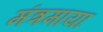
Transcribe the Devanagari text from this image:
मंत्रमाया